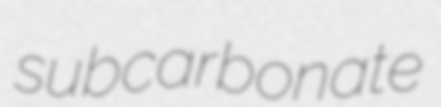
subcarbonate